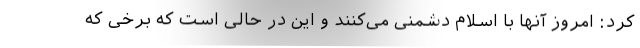
کرد: امروز آنها با اسلام دشمنی می‌کنند و این در حالی است که برخی که